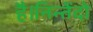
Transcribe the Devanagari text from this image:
है।निन्तेंदो